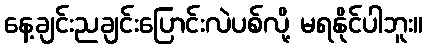
နေ့ချင်းညချင်းပြောင်းလဲပစ်လို့ မရနိုင်ပါဘူး။